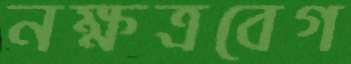
নক্ষত্রবেগ